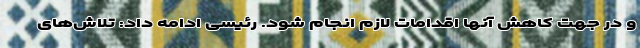
و در جهت کاهش آنها اقدامات لازم انجام شود. رئیسی ادامه داد: تلاش‌های